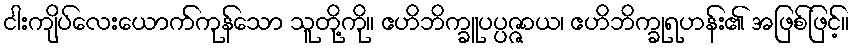
ငါးကျိပ်လေးယောက်ကုန်သော သူတို့ကို။ ဧဟိဘိက္ခူပပ္ပဇ္ဇာယ၊ ဧဟိဘိက္ခုရဟန်း၏ အဖြစ်ဖြင့်။